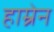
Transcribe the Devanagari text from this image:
हाम्रेन